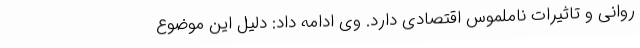
روانی و تاثیرات ناملموس اقتصادی دارد. وی ادامه داد: دلیل این موضوع